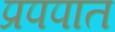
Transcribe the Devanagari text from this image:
प्रपपात